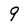
Character: 9